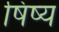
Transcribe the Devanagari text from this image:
षिष्य